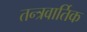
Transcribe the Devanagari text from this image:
तन्त्रवार्तिक